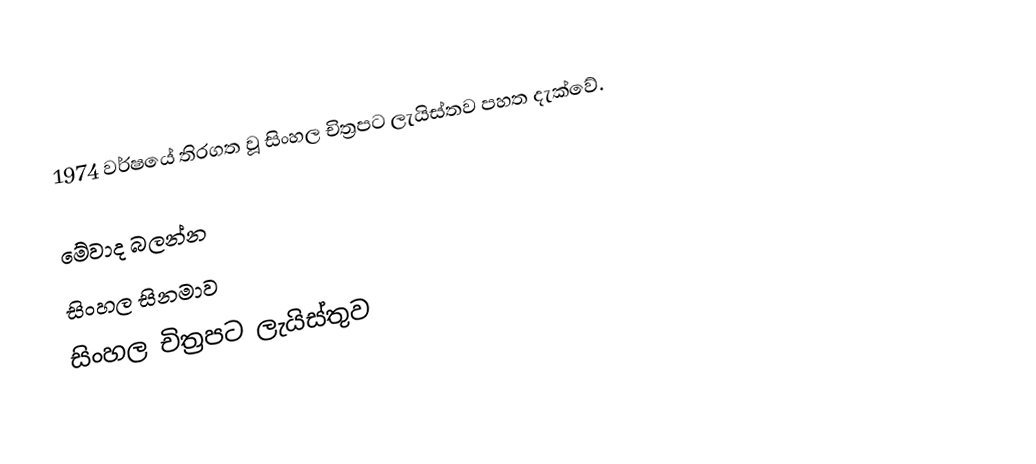
1974 වර්ෂයේ තිරගත වූ සිංහල චිත්‍රපට ලැයිස්තව පහත දැක්වේ.

මේවාද බලන්න
 සිංහල සිනමාව
 සිංහල චිත්‍රපට ලැයිස්තුව